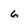
Character: 6